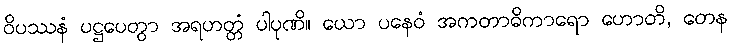
ဝိပဿနံ ပဋ္ဌပေတွာ အရဟတ္တံ ပါပုဏိ။ ယော ပနေဝံ အကတာဓိကာရော ဟောတိ, တေန